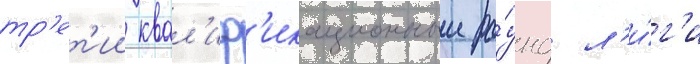
тр'ет'ии квал'иф'икационныи ра́унд л'и́г'и